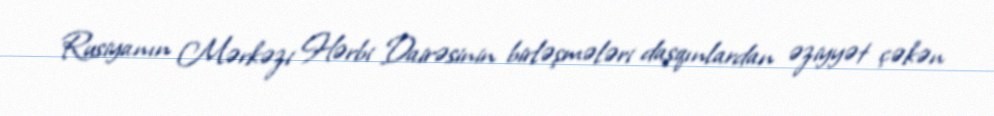
Rusiyanın Mərkəzi Hərbi Dairəsinin birləşmələri daşqınlardan əziyyət çəkən